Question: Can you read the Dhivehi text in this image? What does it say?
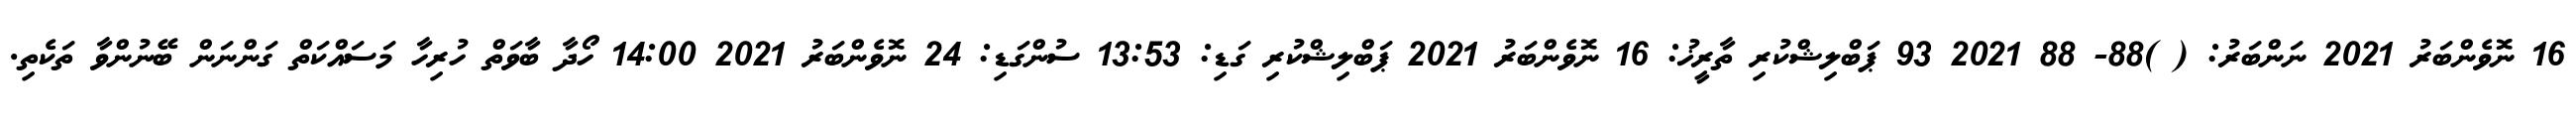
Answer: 16 ނޮވެންބަރު 2021 ނަންބަރު: ( )88- 88 2021 93 ޕަބްލިޝްކުރި ތާރީޚު: 16 ނޮވެންބަރު 2021 ޕަބްލިޝްކުރި ގަޑި: 13:53 ސުންގަޑި: 24 ނޮވެންބަރު 2021 14:00 ހޯދާ ބާވަތް ހުރިހާ މަސައްކަތް ގަންނަން ބޭނުންވާ ތަކެތި.